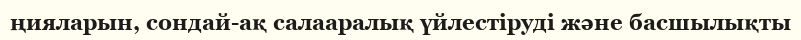
ңияларын, сондай-ақ салааралық үйлестіруді және басшылықты